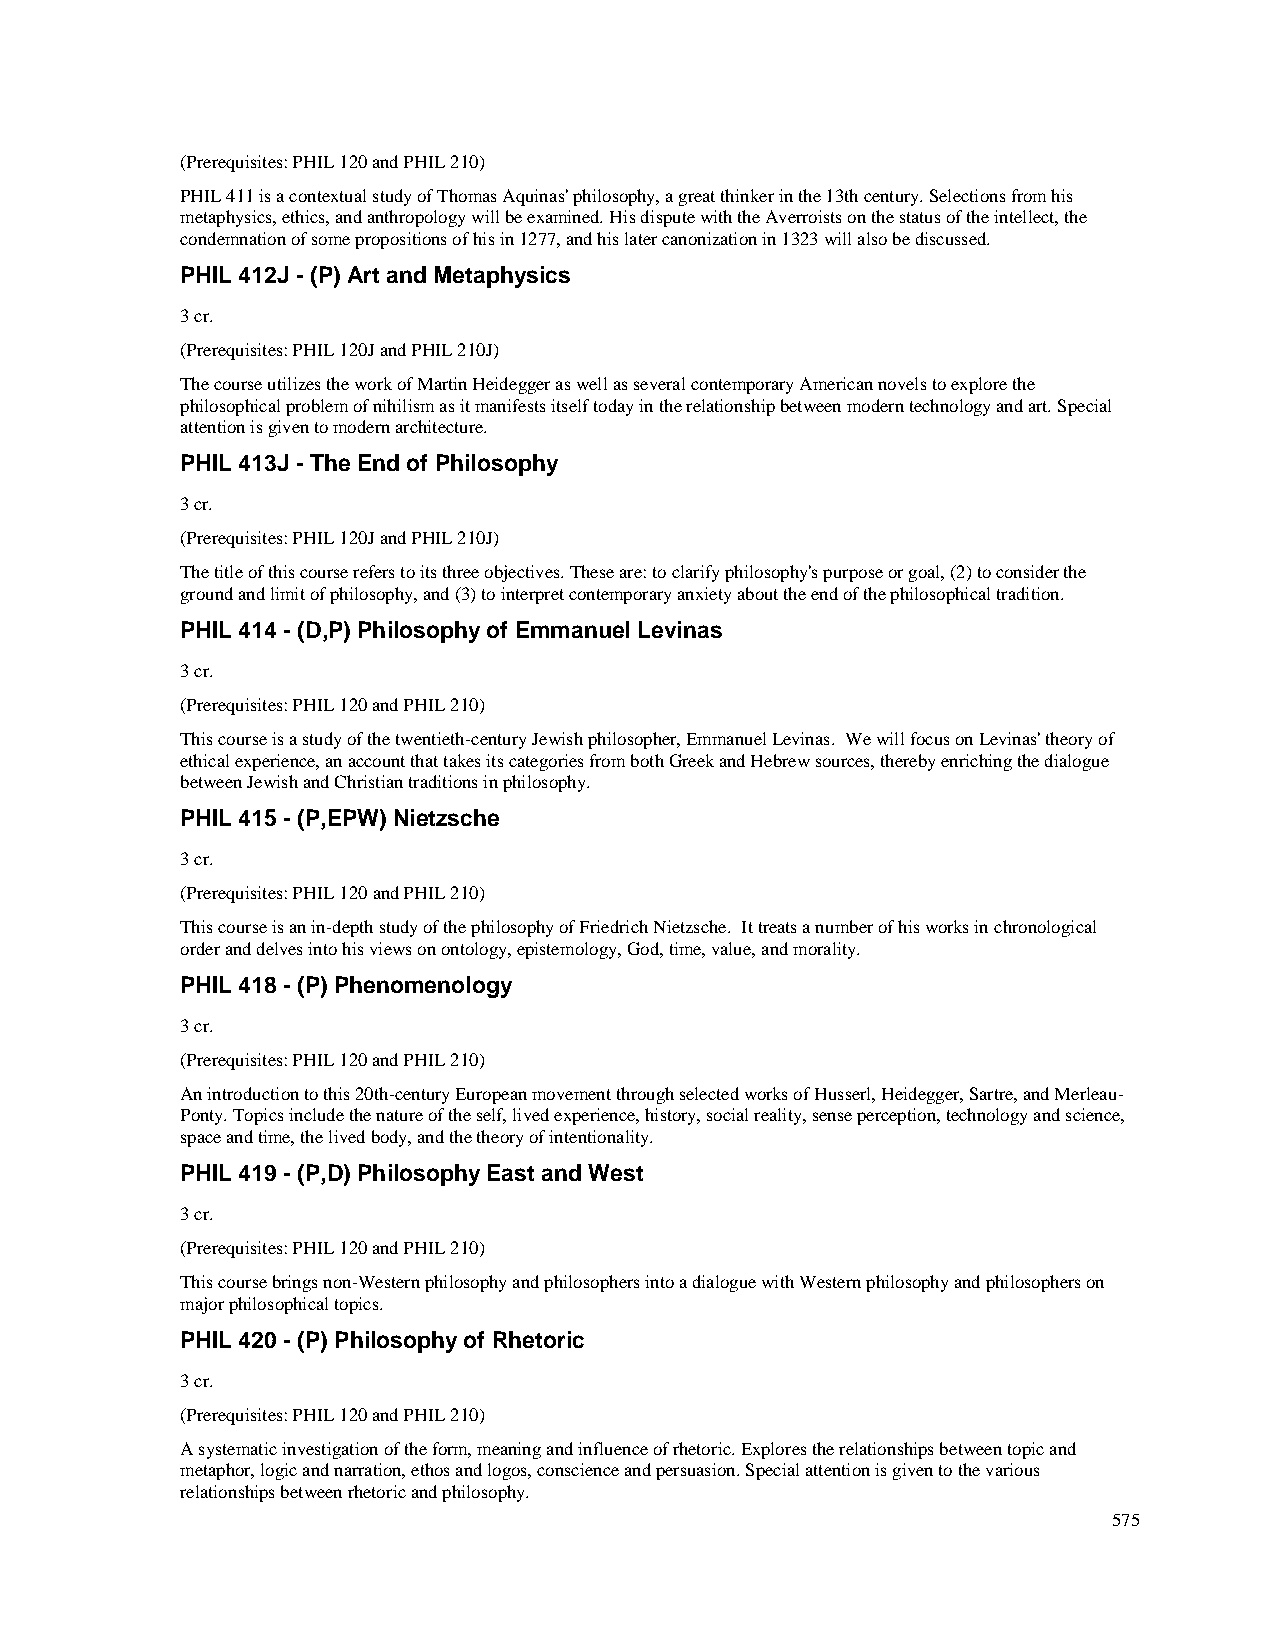
(Prerequisites: PHIL 120 and PHIL 210)
 PHIL 411 is a contextual study of Thomas Aquinas' philosophy, a great thinker in the 13th century. Selections from his
 metaphysics, ethics, and anthropology will be examined. His dispute with the Averroists on the status of the intellect, the
 condemnation of some propositions of his in 1277, and his later canonization in 1323 will also be discussed.
 PHIL 412J - (P) Art and Metaphysics
 3 cr.
 (Prerequisites: PHIL 120J and PHIL 210J)
 The course utilizes the work of Martin Heidegger as well as several contemporary American novels to explore the
 philosophical problem of nihilism as it manifests itself today in the relationship between modern technology and art. Special
 attention is given to modern architecture.
 PHIL 413J - The End of Philosophy
 3 cr.
 (Prerequisites: PHIL 120J and PHIL 210J)
 The title of this course refers to its three objectives. These are: to clarify philosophy's purpose or goal, (2) to consider the
 ground and limit of philosophy, and (3) to interpret contemporary anxiety about the end of the philosophical tradition.
 PHIL 414 - (D,P) Philosophy of Emmanuel Levinas
 3 cr.
 (Prerequisites: PHIL 120 and PHIL 210)
 This course is a study of the twentieth-century Jewish philosopher, Emmanuel Levinas. We will focus on Levinas' theory of
 ethical experience, an account that takes its categories from both Greek and Hebrew sources, thereby enriching the dialogue
 between Jewish and Christian traditions in philosophy.
 PHIL 415 - (P,EPW) Nietzsche
 3 cr.
 (Prerequisites: PHIL 120 and PHIL 210)
 This course is an in-depth study of the philosophy of Friedrich Nietzsche. It treats a number of his works in chronological
 order and delves into his views on ontology, epistemology, God, time, value, and morality.
 PHIL 418 - (P) Phenomenology
 3 cr.
 (Prerequisites: PHIL 120 and PHIL 210)
 An introduction to this 20th-century European movement through selected works of Husserl, Heidegger, Sartre, and Merleau-
 Ponty. Topics include the nature of the self, lived experience, history, social reality, sense perception, technology and science,
 space and time, the lived body, and the theory of intentionality.
 PHIL 419 - (P,D) Philosophy East and West
 3 cr.
 (Prerequisites: PHIL 120 and PHIL 210)
 This course brings non-Western philosophy and philosophers into a dialogue with Western philosophy and philosophers on
 major philosophical topics.
 PHIL 420 - (P) Philosophy of Rhetoric
 3 cr.
 (Prerequisites: PHIL 120 and PHIL 210)
 A systematic investigation of the form, meaning and influence of rhetoric. Explores the relationships between topic and
 metaphor, logic and narration, ethos and logos, conscience and persuasion. Special attention is given to the various
 relationships between rhetoric and philosophy.
 575